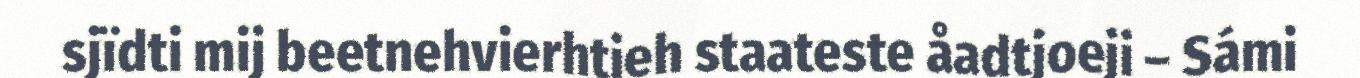
sjïdti mij beetnehvierhtieh staateste åadtjoeji – Sámi